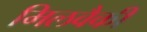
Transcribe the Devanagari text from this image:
मिलवैकी